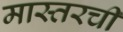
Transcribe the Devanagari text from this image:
मास्तरची